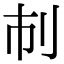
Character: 𠚷